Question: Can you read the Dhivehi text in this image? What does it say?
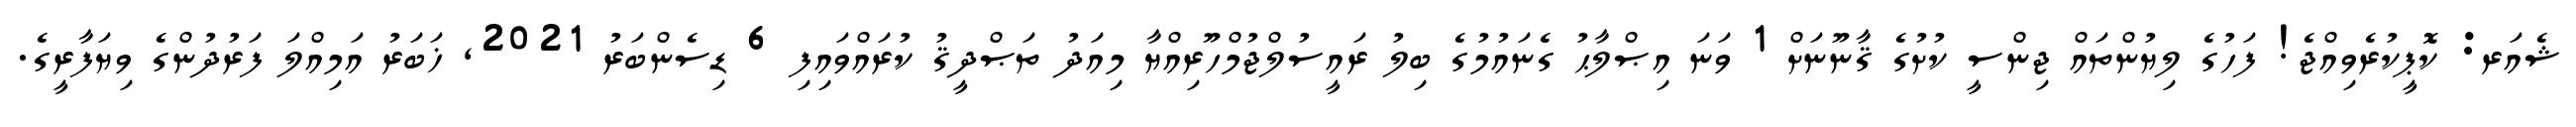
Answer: ޝެއަރ: ކޮޕީކުރެވިއްޖެ! ފަހުގެ ލިޔުންތައް ޖިންސީ ކުށުގެ ޤާނޫނަށް 1 ވަނަ އިޞްލާޙު ގެނައުމުގެ ބިލު ރައީސުލްޖުމްހޫރިއްޔާ މިއަދު ތަޞްދީޤު ކުރައްވައިފި 6 ޑިސެންބަރު 2021, ޚަބަރު އަމިއްލަ ފަރުދުންގެ ވިޔަފާރީގެ.